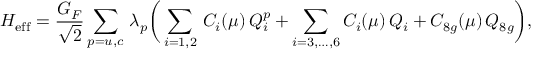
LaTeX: { \cal H } _ { \mathrm { e f f } } = \frac { G _ { F } } { \sqrt 2 } \sum _ { p = u , c } \, \lambda _ { p } \bigg ( \sum _ { i = 1 , 2 } \, C _ { i } ( \mu ) \, Q _ { i } ^ { p } + \sum _ { i = 3 , \dots , 6 } C _ { i } ( \mu ) \, Q _ { i } + C _ { 8 g } ( \mu ) \, Q _ { 8 g } \bigg ) ,